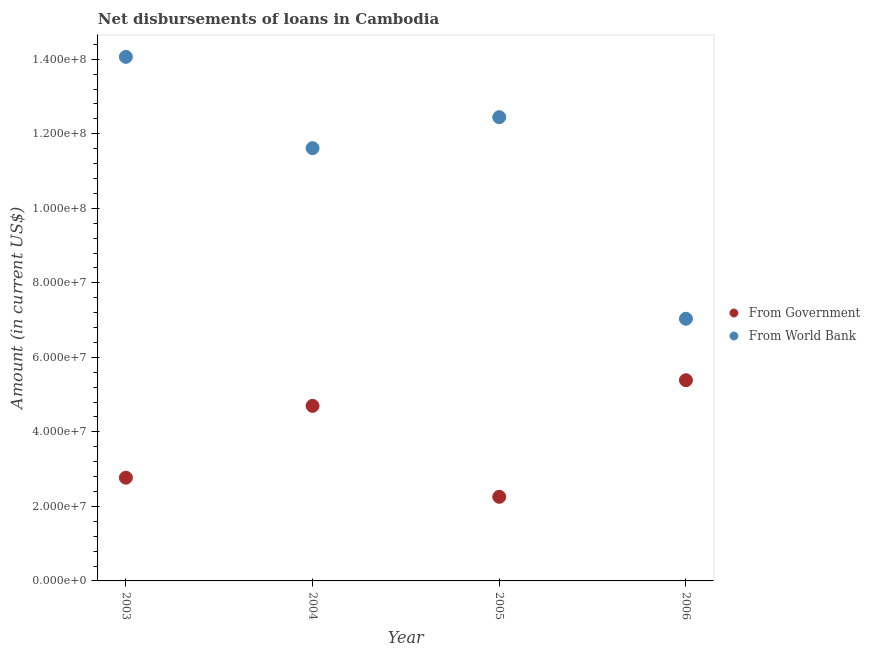
| Year | From Government | From World Bank |
 | --- | --- | --- |
 | 2003 | 2.77e+07 | 1.41e+08 |
 | 2004 | 4.7e+07 | 1.16e+08 |
 | 2005 | 2.26e+07 | 1.24e+08 |
 | 2006 | 5.39e+07 | 7.04e+07 |